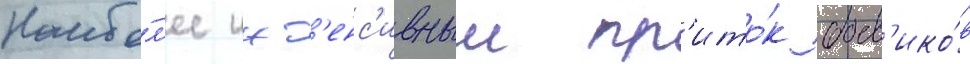
Наибо́л'ее инт'енс'ивныи пр'ито́к боев'ико́в